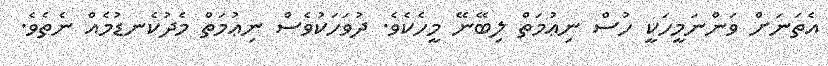
އެތަނަށް ވަންނަމީހަކީ ހުސް ނިޢުމަތް ލިބޭނޭ މީހެކެވެ. ދުވަހަކުވެސް ނިޢުމަތް މެދުކެނޑުމެއް ނެތެވެ.